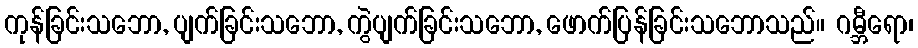
ကုန်ခြင်းသဘော, ပျက်ခြင်းသဘော, ကွဲပျက်ခြင်းသဘော, ဖောက်ပြန်ခြင်းသဘောသည်။ ဂမ္ဘီရော၊